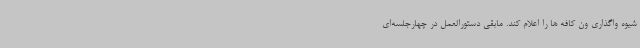
شیوه واگذاری ون کافه ها را اعلام کند. مابقی دستورالعمل در چهارجلسه‌ای